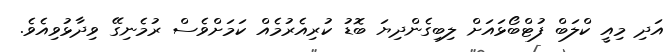
އަދި މިއީ ކްލަބް ފުޓްބޯޅައަށް ލިބިގެންދިޔަ ބޮޑު ކުރިއެރުމެއް ކަމަށްވެސް ރުމެނިގޭ ވިދާޅުވިއެވެ.